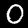
Label: 0